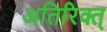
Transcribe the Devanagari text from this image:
अतिरिक्त्